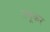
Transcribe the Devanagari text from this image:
तनूकर